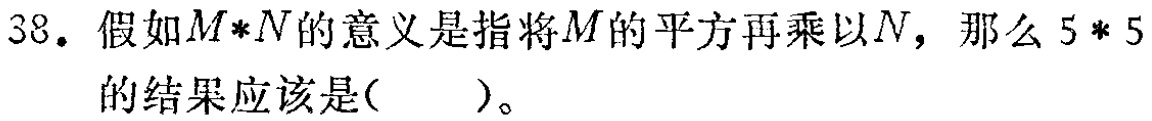
38. 假如\(M*N\)的意义是指将\(M\)的平方再乘以\(N\)，那么\(5*5\)的结果应该是( )。